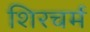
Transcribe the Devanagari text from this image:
शिरचर्म